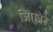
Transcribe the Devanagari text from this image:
जिएन्नेरे